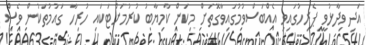
އަދި ވިދާޅުވީ ޕެރިހުގައިވި އެއްބަސްވުމުގައިވާގޮތަށް މިކަން ކާމިޔާބު ކުރުމަށްޓަކައި ހުރިހާ ގައުމުތަކުން ވެސް